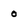
Character: o